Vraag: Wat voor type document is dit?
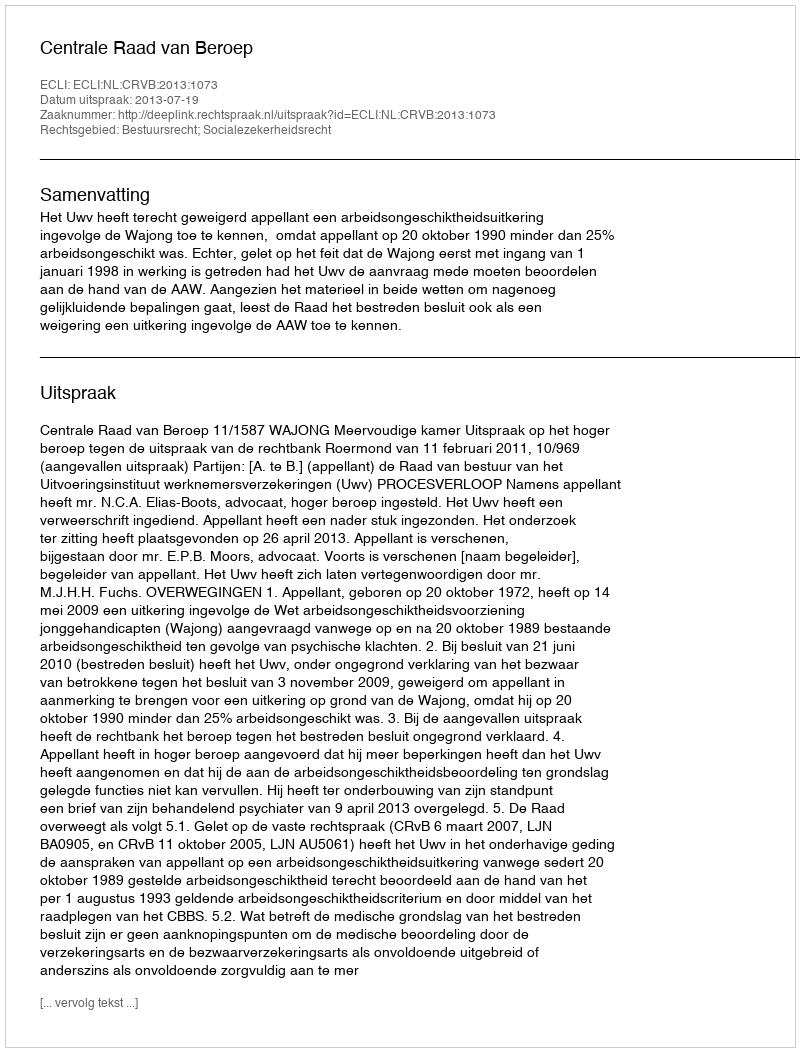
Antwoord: Uitspraak